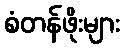
စံတန်ဖိုးများ